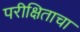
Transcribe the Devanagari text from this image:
परीक्षिताचा